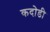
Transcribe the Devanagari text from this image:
कदोडी